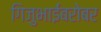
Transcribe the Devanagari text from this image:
गिजुभाईंबरोबर